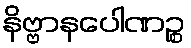
နိဗ္ဗာနပေါဏဉ္စ